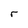
Character: r